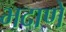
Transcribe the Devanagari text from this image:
भदाणे